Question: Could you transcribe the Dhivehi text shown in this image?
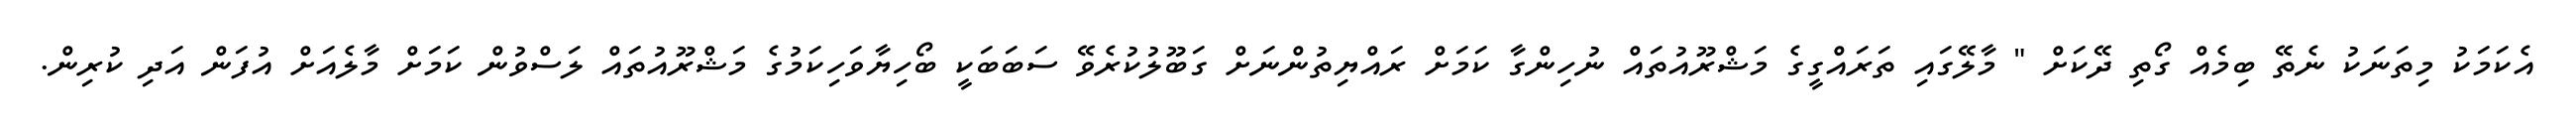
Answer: އެކަމަކު މިތަނަކު ނެތޭ ބިމެއް ގޯތި ދޭކަށް " މާލޭގައި ތަރައްގީގެ މަޝްރޫއުތައް ނުހިންގާ ކަމަށް ރައްޔިތުންނަށް ގަބޫލުކުރެވޭ ސަބަބަކީ ބޯހިޔާވަހިކަމުގެ މަޝްރޫއުތައް ލަސްވުން ކަމަށް މާލެއަށް އުފަން އަދި ކުރިން.